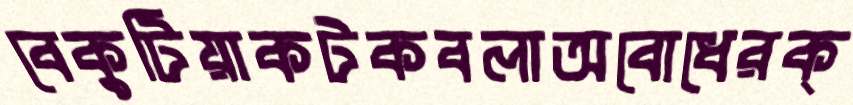
বেকুটিয়াকটকবলাঅবোধেরক্